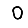
Digit: 0